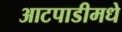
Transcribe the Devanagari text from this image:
आटपाडीमधे